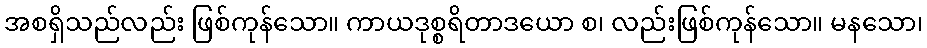
အစရှိသည်လည်း ဖြစ်ကုန်သော။ ကာယဒုစ္စရိတာဒယော စ၊ လည်းဖြစ်ကုန်သော။ မနသော၊